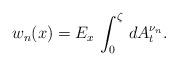
LaTeX: \begin{align*}w_{n}(x)=E_{x}\,\int_{0}^{\zeta}\,dA^{\nu_{n}}_{t}.\end{align*}